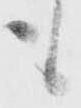
も